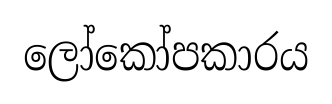
ලෝකෝපකාරය